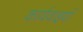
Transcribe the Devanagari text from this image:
कार्यवाइयाँ